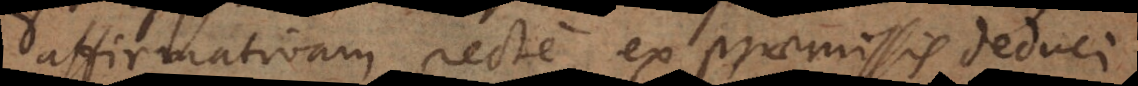
affirmativam recte ex praemissis deduci